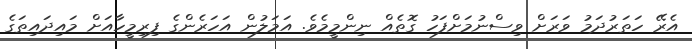
އެރޭ ހަތަރުދަމު ވަރަށް ވިސްނުމަށްފަހު ގޮތެއް ނިންމީމެވެ. އަމަލުން އަހަރެންގެ ފިރިމީހާއަށް މައިދައިތަގެ